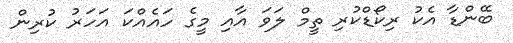
ބޭންޑާ އެކު ރިކޯޑްކުރި ތީމް ލަވަ އާއި މީގެ ހައެއްކަ އަހަރު ކުރިން